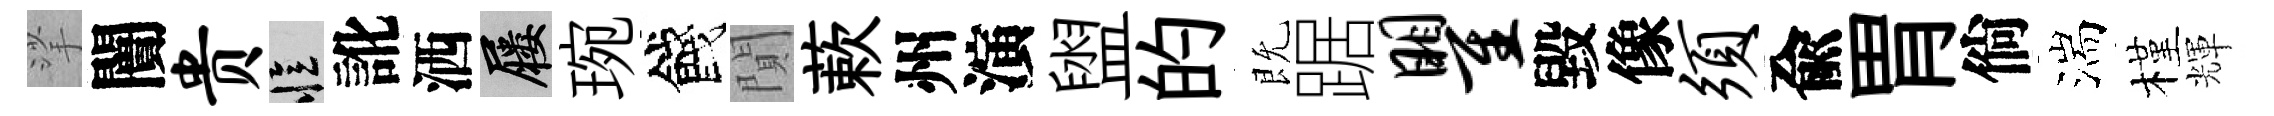
挲闠贵忆訛洒屨琬餞閴蔌州演盥的既踞瞿毀像须兪胃倘湍槿輝